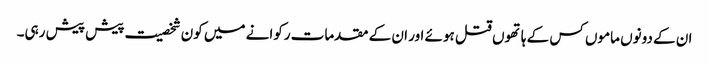
ان کے دونوں ماموں کس کے ہاتھوں قتل ہوئے اور ان کے مقدمات رکوانے میں کون شخصیت پیش پیش رہی۔